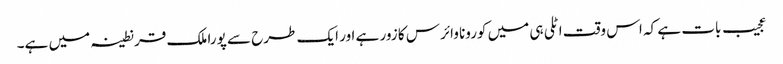
عجیب بات ہے کہ اس وقت اٹلی ہی میں کورونا وائرس کا زور ہے اور ایک طرح سے پورا ملک قرنطینہ میں ہے۔